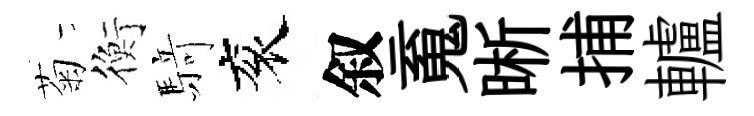
菊衡𮪍衮叙䰟晰捕轤